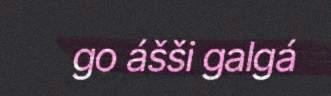
go ášši galgá